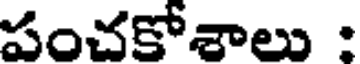
పంచకోశాలు :